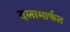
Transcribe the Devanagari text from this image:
दलामार्फत